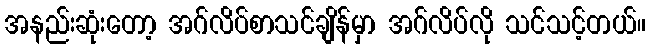
အနည်းဆုံးတော့ အဂ်လိပ်စာသင်ချိန်မှာ အဂ်လိပ်လို သင်သင့်တယ်။